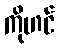
ကိုဟင်